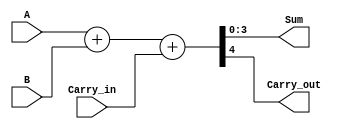
module full_adder #(
    parameter DATA_WIDTH = 4
) (
    input  [DATA_WIDTH - 1 : 0] A,
    input  [DATA_WIDTH - 1 : 0] B,
    input                       Carry_in,
    output [DATA_WIDTH - 1: 0] Sum,
    output                     Carry_out
);
    wire [DATA_WIDTH + 1 : 0] temp;
    assign temp = A + B + Carry_in;
    
    assign Sum = temp[DATA_WIDTH - 1 :0];
    assign Carry_out = temp[DATA_WIDTH];
endmodule